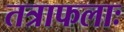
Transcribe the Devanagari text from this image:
तत्राफलाः